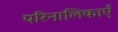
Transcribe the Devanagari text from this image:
परिनालिकाएँ